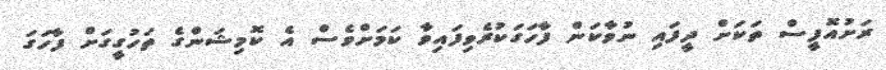
ރަށުއޮފީސް ތަކަށް ދީފައި ނުވާކަން ފާހަގަކުރެވިފައިވާ ކަމަށްވެސް އެ ކޮމިޝަންގެ ތަހުގީގަށް ފާހަގަ